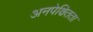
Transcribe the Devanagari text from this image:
अनपेक्षितता